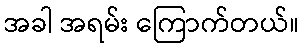
အခါ အရမ်း ကြောက်တယ်။